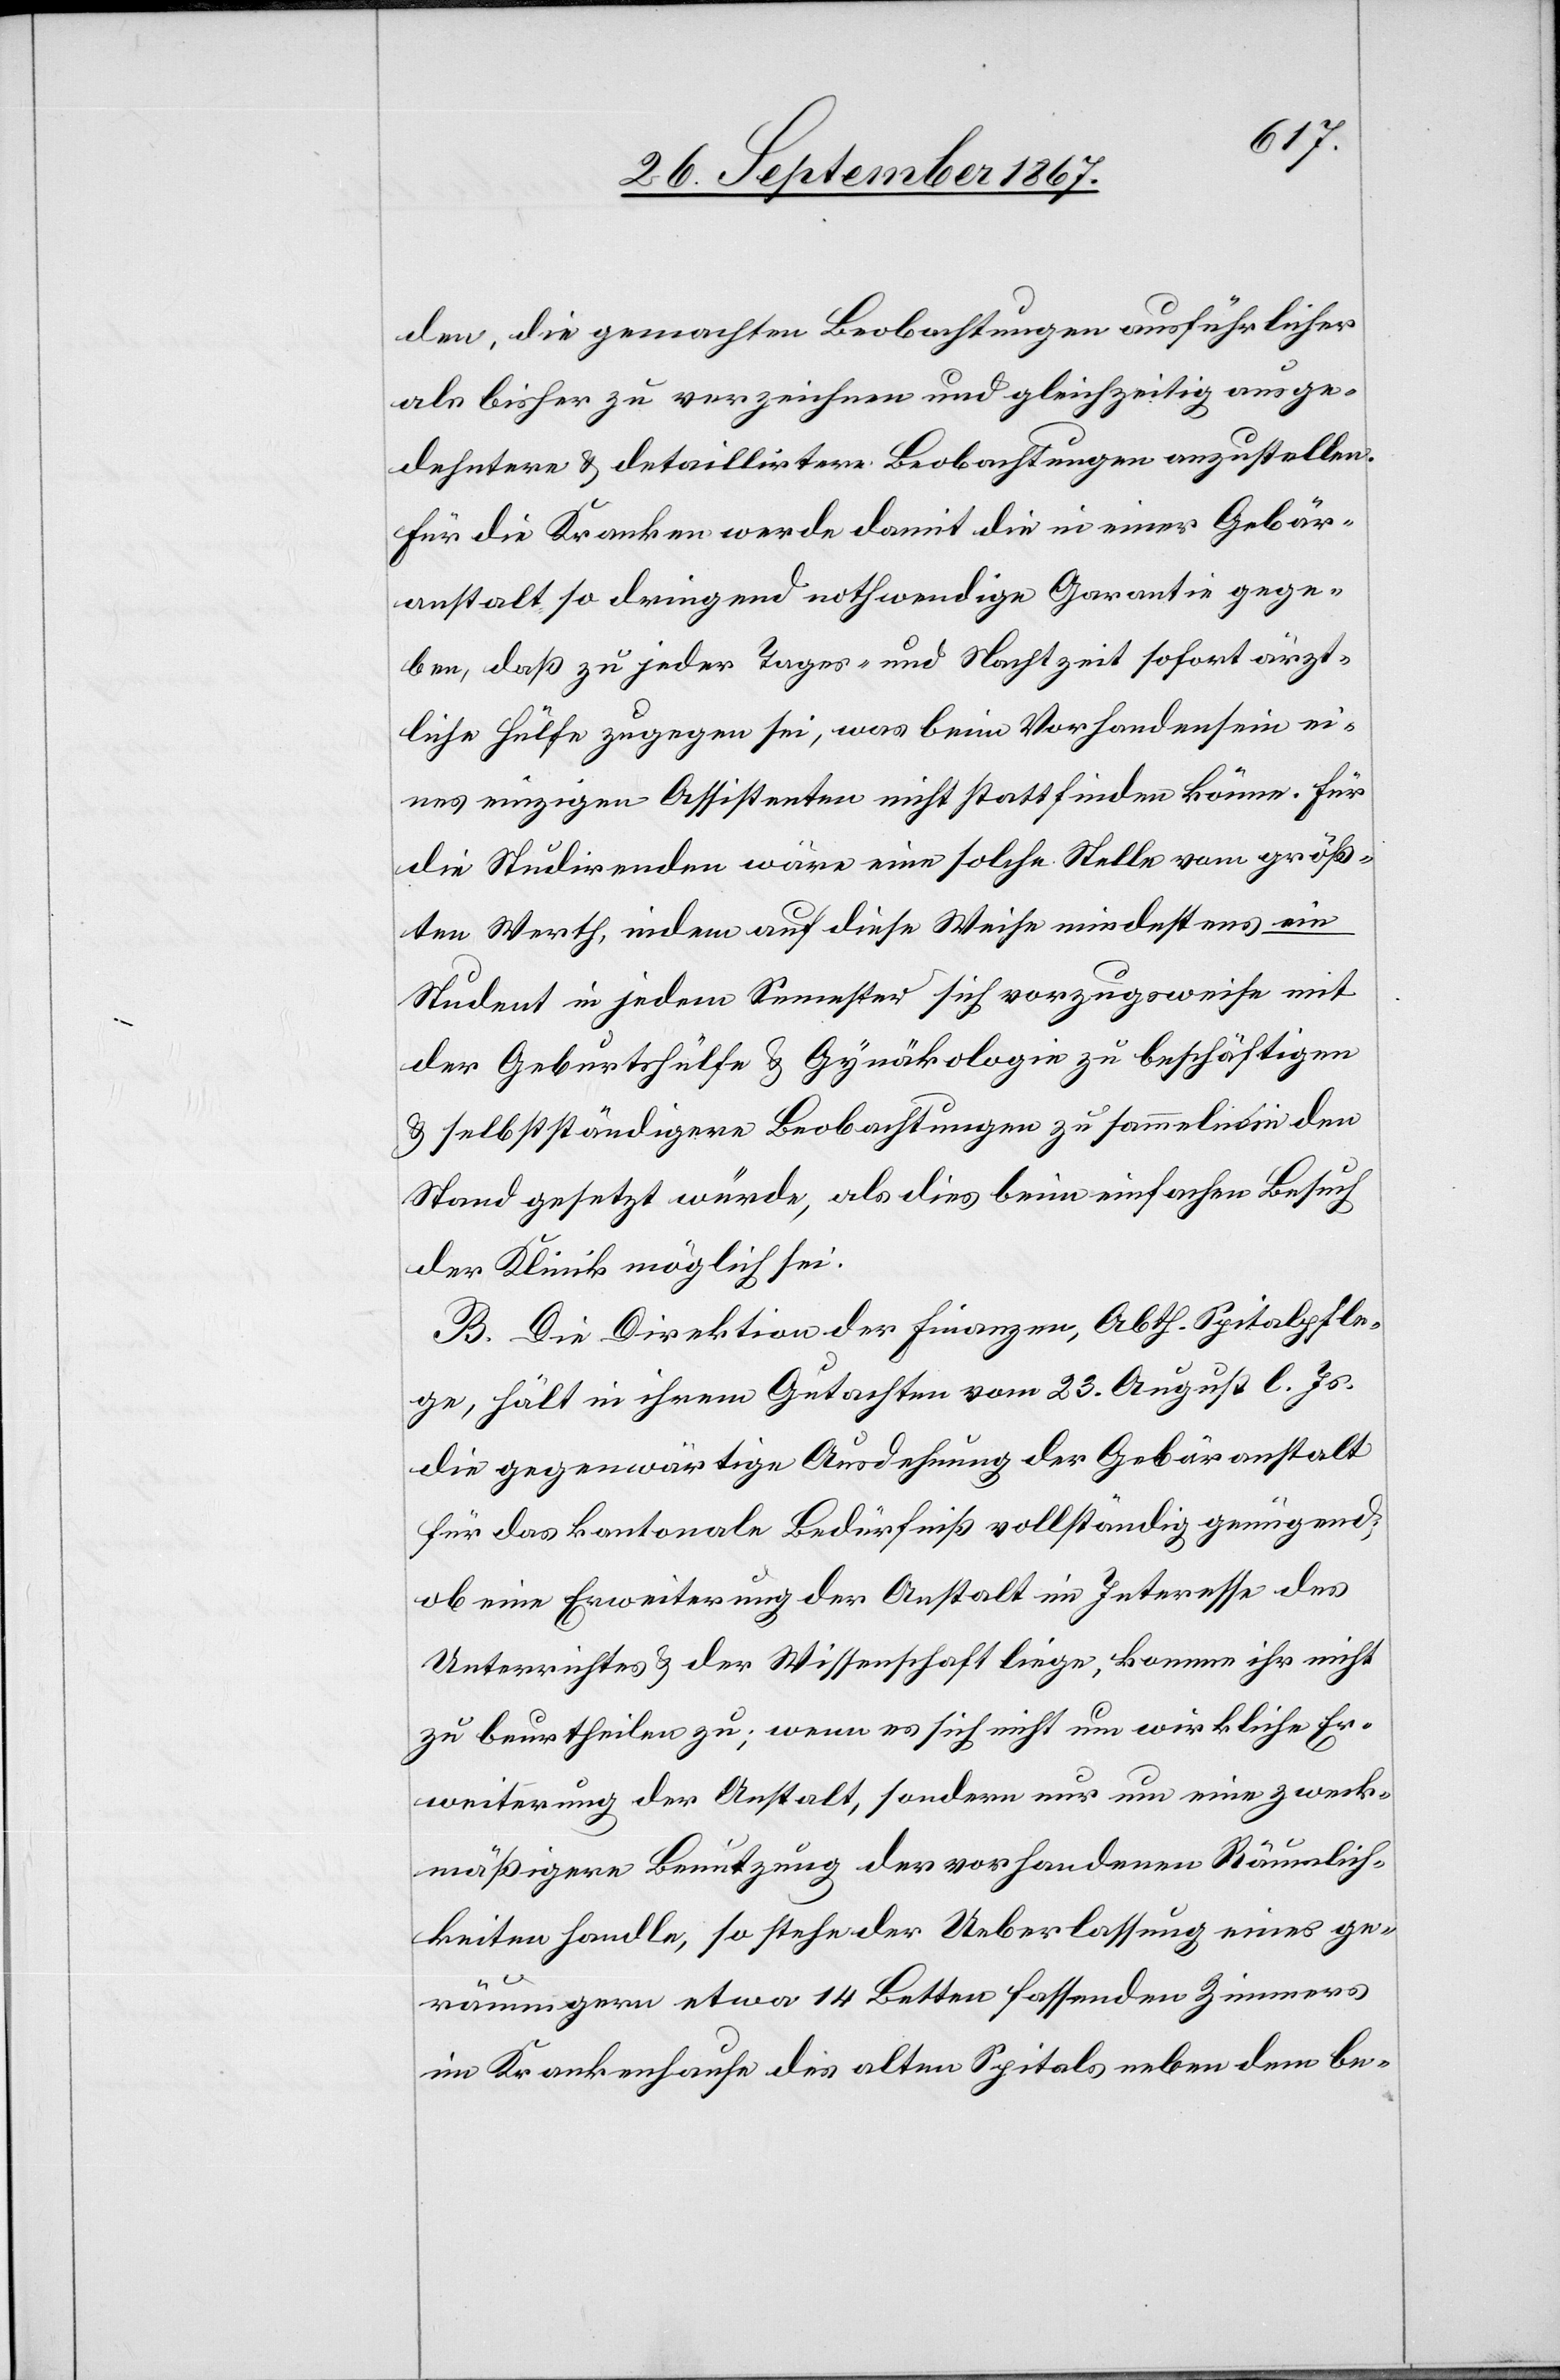
den, die gemachten Beobachtungen ausführlicher
als bisher zu verzeichnen und gleichzeitig ausge¬
dehntere u. detaillirtere Beobachtungen anzustellen.
Für die Kranken werde damit die in einer Gebär¬
anstalt so dringend nothwendige Garantie gege¬
ben, daß zu jeder Tages- und Nachtzeit sofort ärzt¬
liche Hülfe zugegen sei, was beim Vorhandensein ei¬
nes einzigen Assistenten nicht statt finden könne. Für
die Studirenden wäre eine solche Stelle vom größ¬
ten Werth, indem auf diese Weise mindestens ein
Student in jedem Semester sich vorzugsweise mit
der Geburtshülfe u. Gynäkologie zu beschäftigen
u. selbstständigere Beobachtungen zu sammeln in den
Stand gesetzt würde, als dies beim einfachen Besuch
der Klinik möglich sei.
B. Die Direktion der Finanzen, Abth. Spitalpfle¬
ge, hält in ihrem Gutachten vom 23. August l. Js.
die gegenwärtige Ausdehnung der Gebäranstalt
für das kantonale Bedürfniß vollständig genügend,
ob eine Erweiterung der Anstalt im Interesse des
Unterrichtes u. der Wissenschaft liege, komme ihr nicht
zu beurtheilen zu; wenn es sich nicht um wirkliche Er¬
weiterung der Anstalt, sondern nur um eine zweck¬
mäßigere Benutzung der vorhandenen Räumlich¬
keiten handle, so stehe der Ueberlassung eines ge¬
räumigern etwa 14 Betten fassenden Zimmers
im Krankenhause des alten Spitals neben dem be-